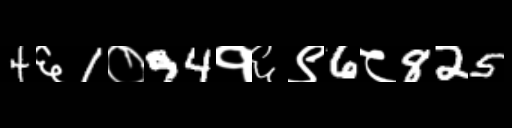
Text: 4६1०94१६९6८825